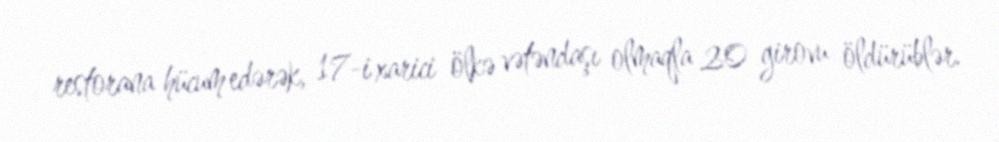
restorana hücum edərək, 17-i xarici ölkə vətəndaşı olmaqla 20 girovu öldürüblər.